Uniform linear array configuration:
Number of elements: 24
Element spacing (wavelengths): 1
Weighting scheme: exponential
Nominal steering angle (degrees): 30
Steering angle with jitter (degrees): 28.317
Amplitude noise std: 0.05
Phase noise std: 0.05

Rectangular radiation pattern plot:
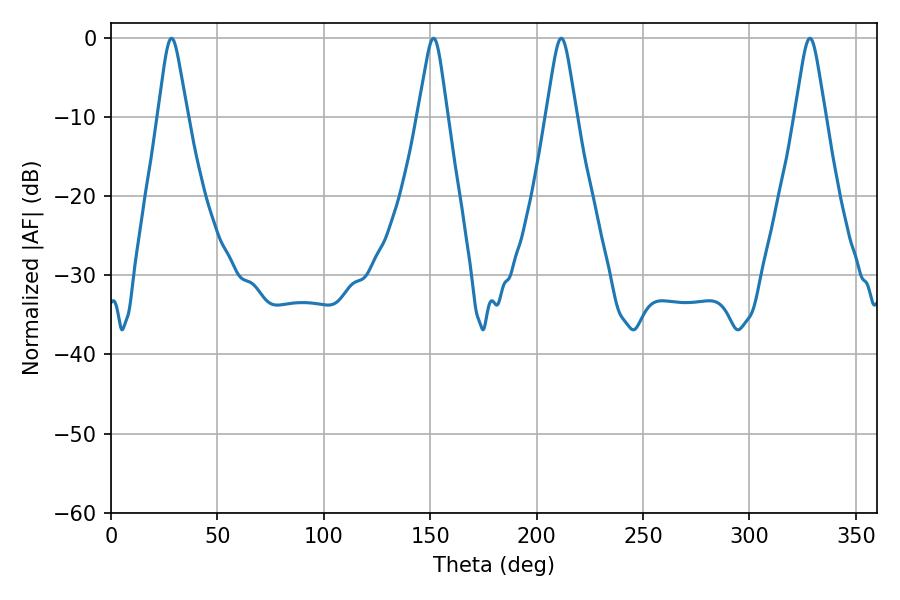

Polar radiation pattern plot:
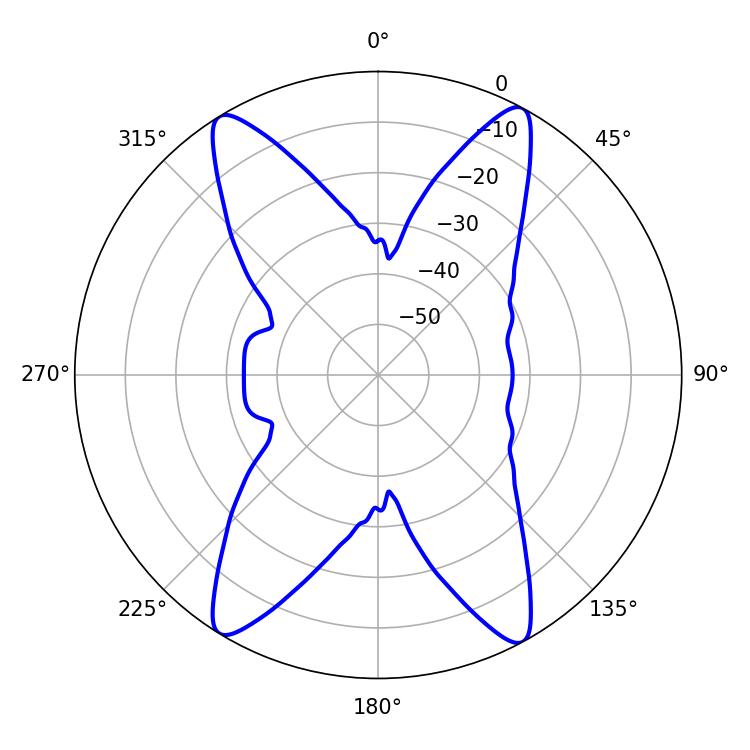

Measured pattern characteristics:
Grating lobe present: TRUE
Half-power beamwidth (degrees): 6.66
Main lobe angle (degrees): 28.44